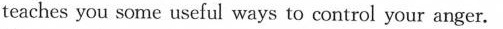
teaches you some useful ways to control your anger.